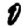
Digit: 0